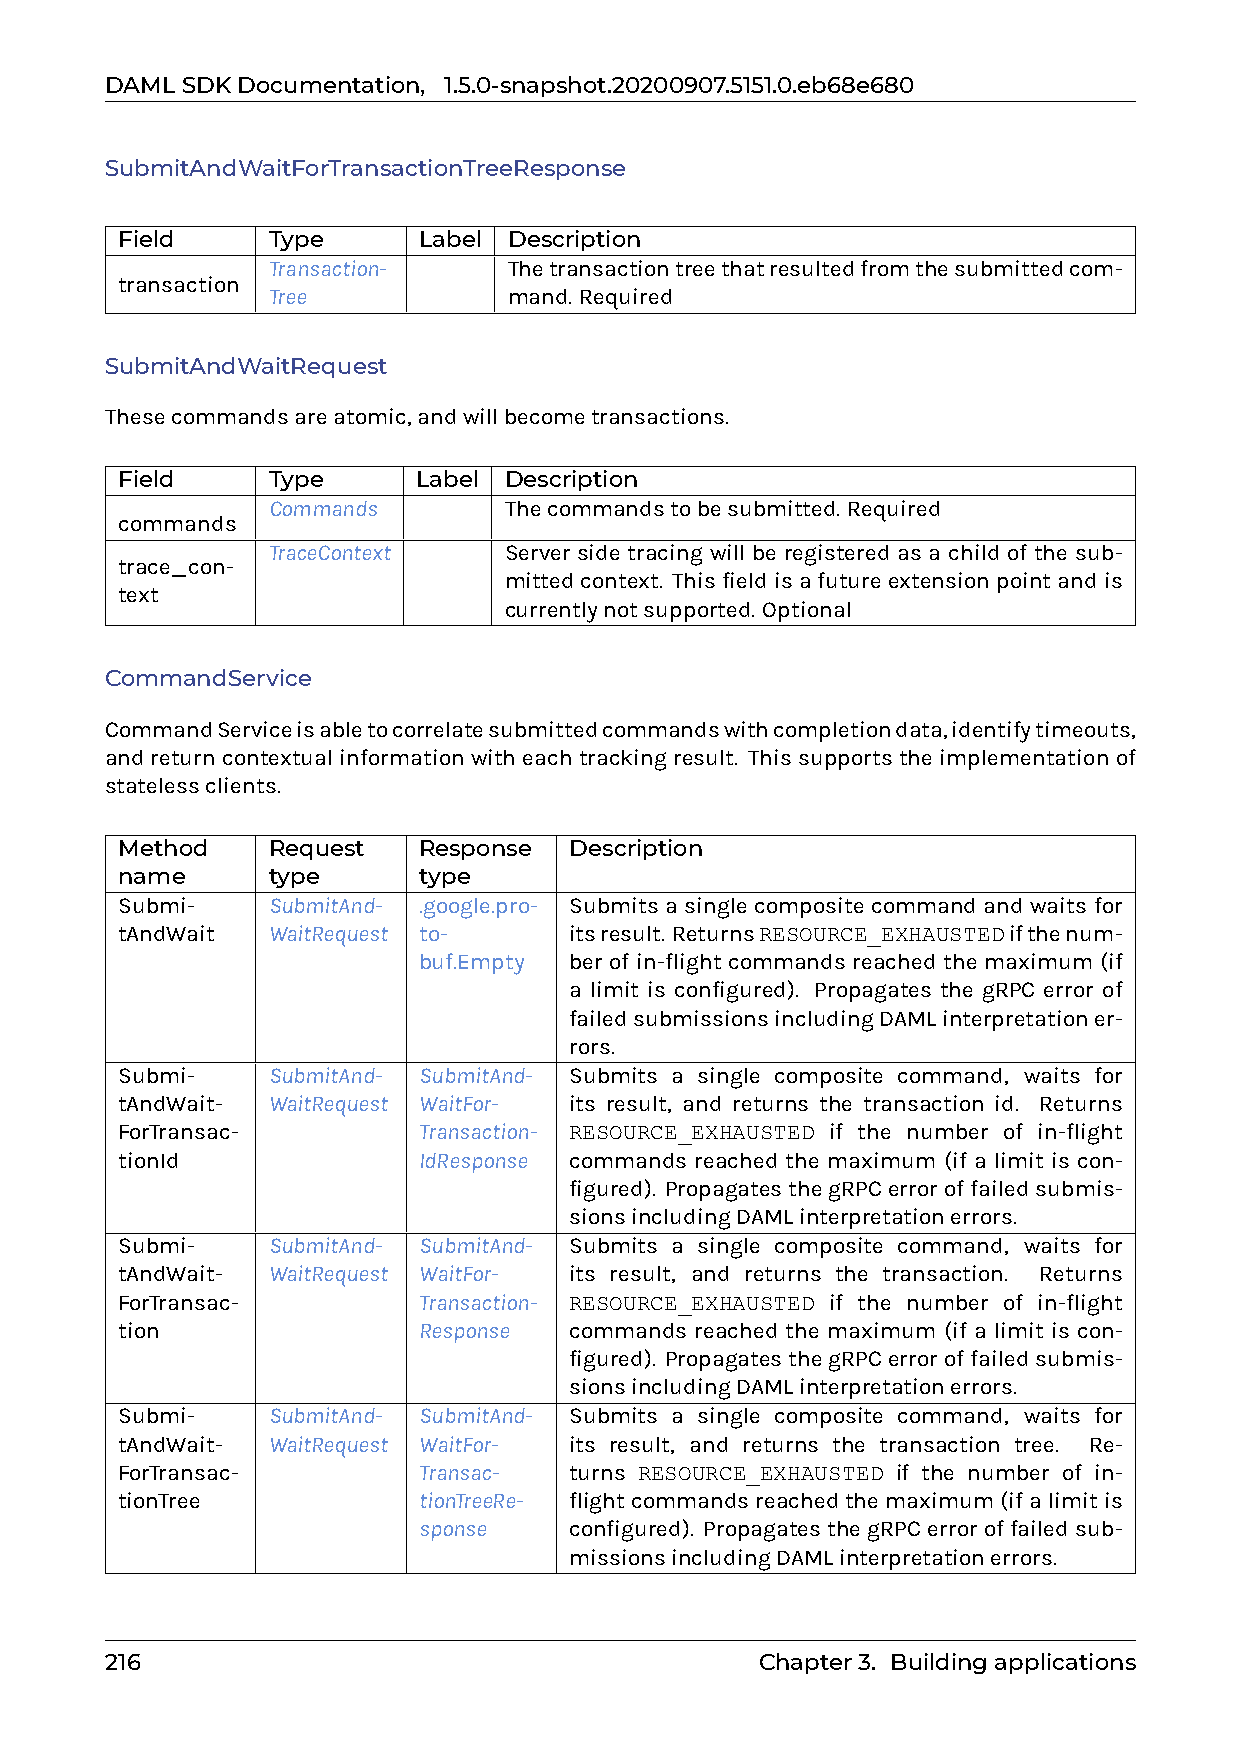
DAMLSDKDocumentation, 1.5.0-snapshot.20200907.5151.0.eb68e680
 SubmitAndWaitForTransactionTreeResponse
 Field     Type      Label Description
 Transaction-    Thetransactiontreethatresultedfromthesubmittedcom-
 transaction
 Tree            mand. Required
 SubmitAndWaitRequest
 Thesecommandsareatomic,andwillbecometransactions.
 Field     Type      Label Description
 Commands       Thecommandstobesubmitted. Required
 commands
 TraceContext   Server side tracing will be registered as a child of the sub-
 trace_con-
 mittedcontext. Thisfieldisafutureextensionpointandis
 text
 currentlynotsupported. Optional
 CommandService
 CommandServiceisabletocorrelatesubmittedcommandswithcompletiondata,identifytimeouts,
 and return contextual information with each tracking result. This supports the implementation of
 statelessclients.
 Method    Request   Response  Description
 name      type      type
 Submi-    SubmitAnd- .google.pro- Submits a single composite command and waits for
 tAndWait  WaitRequest to-     itsresult. ReturnsRESOURCE_EXHAUSTEDifthenum-
 buf.Empty ber of in-flight commands reached the maximum (if
 a limit is configured). Propagates the gRPC error of
 failedsubmissionsincludingDAMLinterpretationer-
 rors.
 Submi-    SubmitAnd- SubmitAnd- Submits a single composite command, waits for
 tAndWait- WaitRequest WaitFor- its result, and returns the transaction id. Returns
 ForTransac-         Transaction- RESOURCE_EXHAUSTED if the number of in-flight
 tionId              IdResponse commands reached the maximum (if a limit is con-
 figured). PropagatesthegRPCerroroffailedsubmis-
 sionsincludingDAMLinterpretationerrors.
 Submi-    SubmitAnd- SubmitAnd- Submits a single composite command, waits for
 tAndWait- WaitRequest WaitFor- its result, and returns the transaction. Returns
 ForTransac-         Transaction- RESOURCE_EXHAUSTED if the number of in-flight
 tion                Response  commands reached the maximum (if a limit is con-
 figured). PropagatesthegRPCerroroffailedsubmis-
 sionsincludingDAMLinterpretationerrors.
 Submi-    SubmitAnd- SubmitAnd- Submits a single composite command, waits for
 tAndWait- WaitRequest WaitFor- its result, and returns the transaction tree. Re-
 ForTransac-         Transac-  turns RESOURCE_EXHAUSTED if the number of in-
 tionTree            tionTreeRe- flightcommandsreachedthemaximum(ifalimitis
 sponse    configured). PropagatesthegRPCerroroffailedsub-
 missionsincludingDAMLinterpretationerrors.
 216                                        Chapter3. Buildingapplications